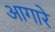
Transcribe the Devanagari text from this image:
आगारे